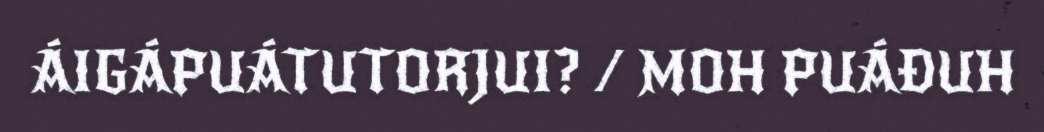
ÁIGÁPUÁTUTORJUI? / MOH PUÁĐUH